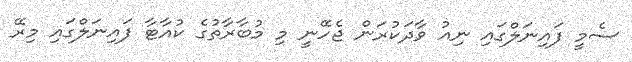
ސެމީ ފައިނަލްގައި ނިއު ވާދަކުރަން ޖެހޭނީ މި މުބާރާތުގެ ކުއާޓާ ފައިނަލްގައި މިރޭ